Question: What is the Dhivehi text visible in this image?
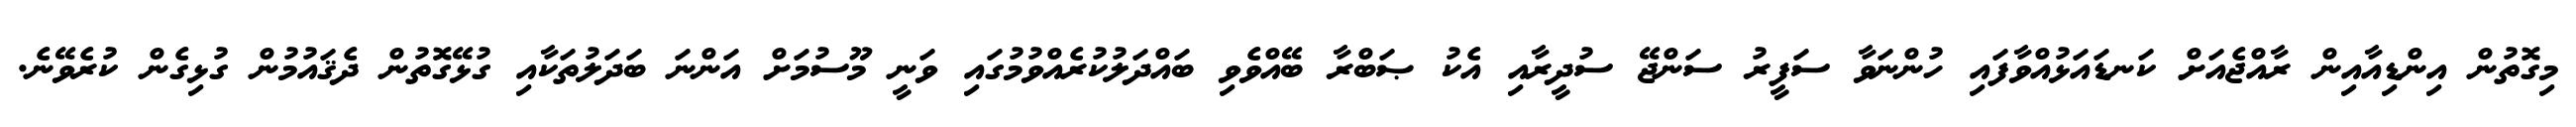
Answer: މިގޮތުން އިންޑިއާއިން ރާއްޖެއަށް ކަނޑައަޅުއްވާފައި ހުންނަވާ ސަފީރު ސަންޖޭ ސުދީރާއި އެކު ޞަބްރާ ބޭއްވެވި ބައްދަލުކުރެއްވުމުގައި ވަނީ މޫސުމަށް އަންނަ ބަދަލުތަކާއި ގުޅޭގޮތުން ދެޤައުމުން ގުޅިގެން ކުރެވޭނެ.